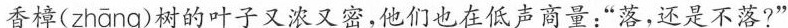
香樟( zhāng )树的叶子又浓又密，他们也在低声商量：”落，还是不落?”